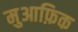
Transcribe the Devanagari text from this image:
मुआफ़िक